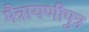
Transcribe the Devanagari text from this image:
मैत्रायणीपुत्र